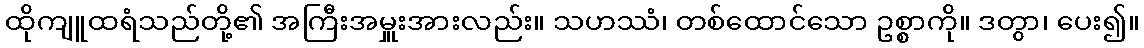
ထိုကျူထရံသည်တို့၏ အကြီးအမှူးအားလည်း။ သဟဿံ၊ တစ်ထောင်သော ဥစ္စာကို။ ဒတွာ၊ ပေး၍။